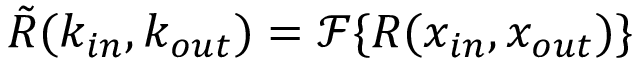
\tilde { R } ( k _ { i n } , k _ { o u t } ) = \mathcal { F } \{ R ( x _ { i n } , x _ { o u t } ) \}